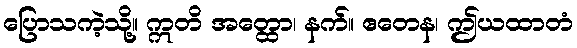
ပြောသကဲ့သို့။ ဣတိ အတ္ထော၊ နက်။ ဧတေန၊ ဤယထာတံ